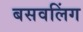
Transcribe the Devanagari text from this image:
बसवलिंग